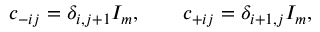
c _ { - i j } = \delta _ { i , j + 1 } I _ { m } , \qquad c _ { + i j } = \delta _ { i + 1 , j } I _ { m } ,